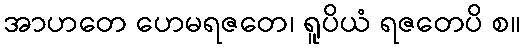
အာဟတေ ဟေမရဇတေ၊ ရူပိယံ ရဇတေပိ စ။